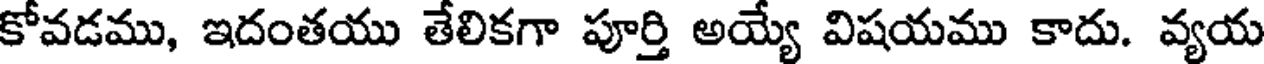
కోవడము, ఇదంతయు తేలికగా పూర్తి అయ్యే విషయము కాదు. వ్యయ